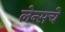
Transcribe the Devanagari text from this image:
लेन्सचे